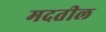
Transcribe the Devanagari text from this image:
मदतील